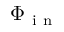
\Phi _ { \mathrm { ~ i ~ n ~ } }